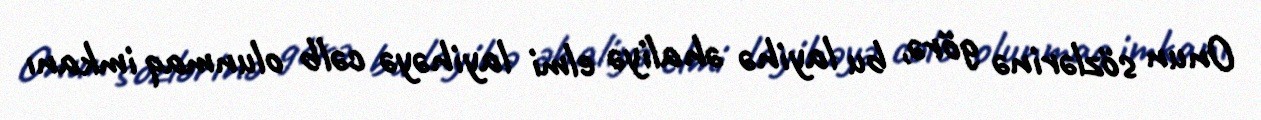
Onun sözlərinə görə, bu layihə əhaliyə elmi layihəyə cəlb olunmaq imkanı